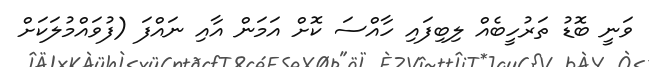
ވަނީ ބޮޑު ތަރުހީބެއް ލިބިފައި ހާއްސަ ކޮށް އަމަން އާއި ނައްފަ (ފުވައްމުލަކަށް